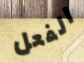
الفعل